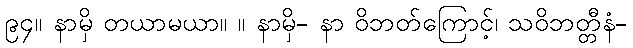
၉၄။ နာမှိ တယာမယာ။ ။ နာမှိ- နာ ဝိဘတ်ကြောင့်၊ သဝိဘတ္တီနံ-